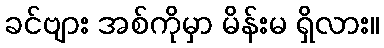
ခင်ဗျား အစ်ကိုမှာ မိန်းမ ရှိလား။